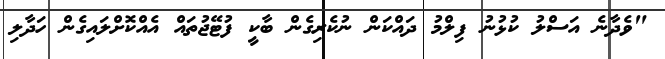
"ވެދާނެ އަސްލު ކުޅުނު ފިލްމު ދައްކަން ނުކެރިގެން ބާކީ ފުޓޭޖުތައް އެއްކޮށްލައިގެން ހަދާލި